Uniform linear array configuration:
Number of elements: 64
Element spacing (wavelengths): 0.75
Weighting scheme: hann
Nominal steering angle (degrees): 45
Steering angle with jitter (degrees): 45.449
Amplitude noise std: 0.05
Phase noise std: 0.05

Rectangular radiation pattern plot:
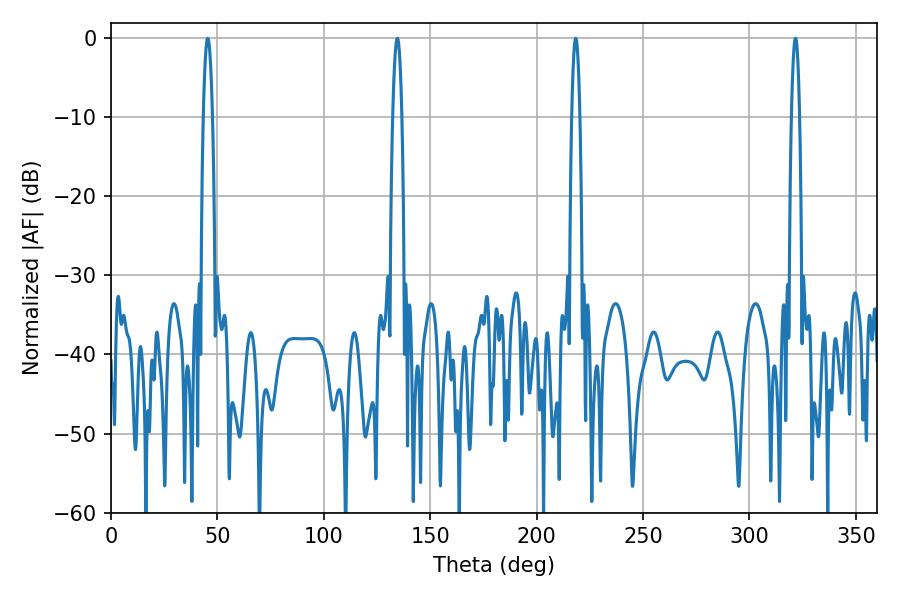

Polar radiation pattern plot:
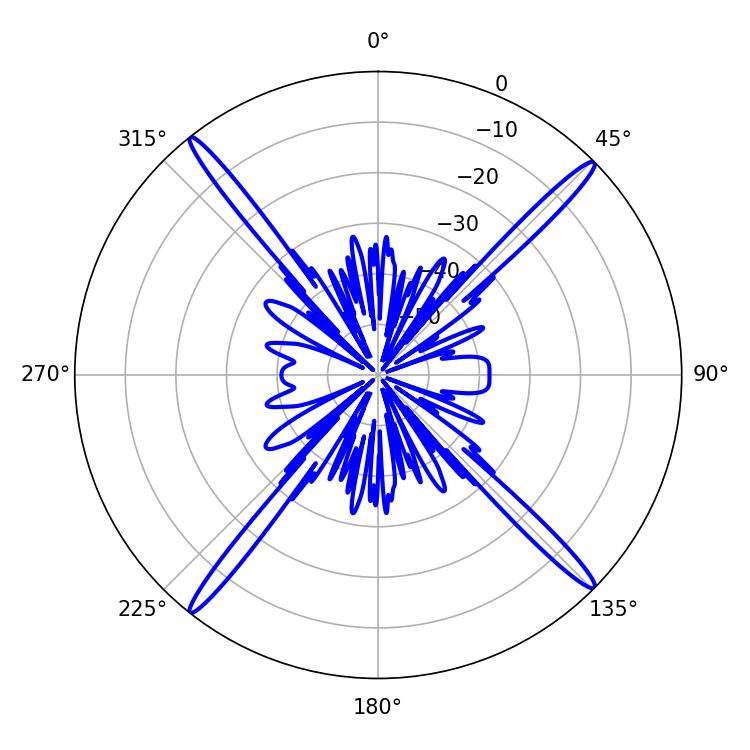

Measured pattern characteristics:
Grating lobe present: TRUE
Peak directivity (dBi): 21.471
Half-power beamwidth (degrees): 2.16
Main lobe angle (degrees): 218.34